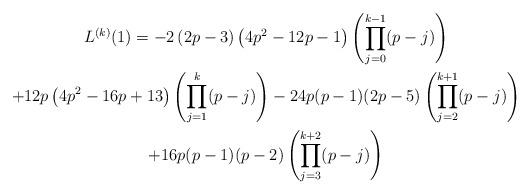
LaTeX: \begin{gather*}L^{(k)}(1)=-2\left( 2p-3\right) \left( 4p^{2}-12p-1\right) \left(\prod\limits_{j=0}^{k-1}(p-j)\right) \\+12p\left( 4p^{2}-16p+13\right) \left( \prod\limits_{j=1}^{k}(p-j)\right)-24p(p-1)(2p-5)\left( \prod\limits_{j=2}^{k+1}(p-j)\right) \\+16p(p-1)(p-2)\left( \prod\limits_{j=3}^{k+2}(p-j)\right) \end{gather*}